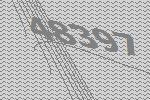
48397